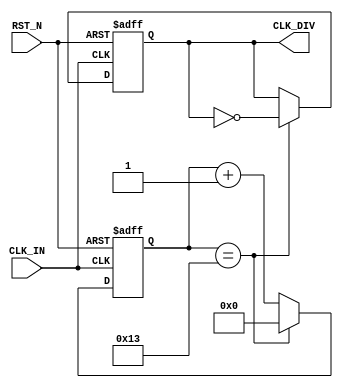
module CLK_DIV_EVEN (
input 				CLK_IN			,
input 				RST_N			,
                                    
output 	reg			CLK_DIV			
);



//--------------------------------------------------------
//-- 
//--------------------------------------------------------
reg [5:0] count;
//--------------------------------------------------------
//-- 
//--------------------------------------------------------
localparam N = 20 ;			//N=//2

//--------------------------------------------------------
//-- 
//--------------------------------------------------------
always@(posedge CLK_IN or negedge RST_N)
begin
	if(!RST_N)
	begin
		count <= 'b0;
		CLK_DIV <= 'b0 ;
	end
	else if(count == (N - 1))
	begin
		count <= 'b0;
		CLK_DIV <= ~ CLK_DIV ;
	end
	else
		count <= count + 1'b1 ;
end


endmodule